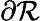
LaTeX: \partial{\cal R}